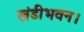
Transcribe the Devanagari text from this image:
खंडीभवन।